Korraldusvalitsus, lk 106
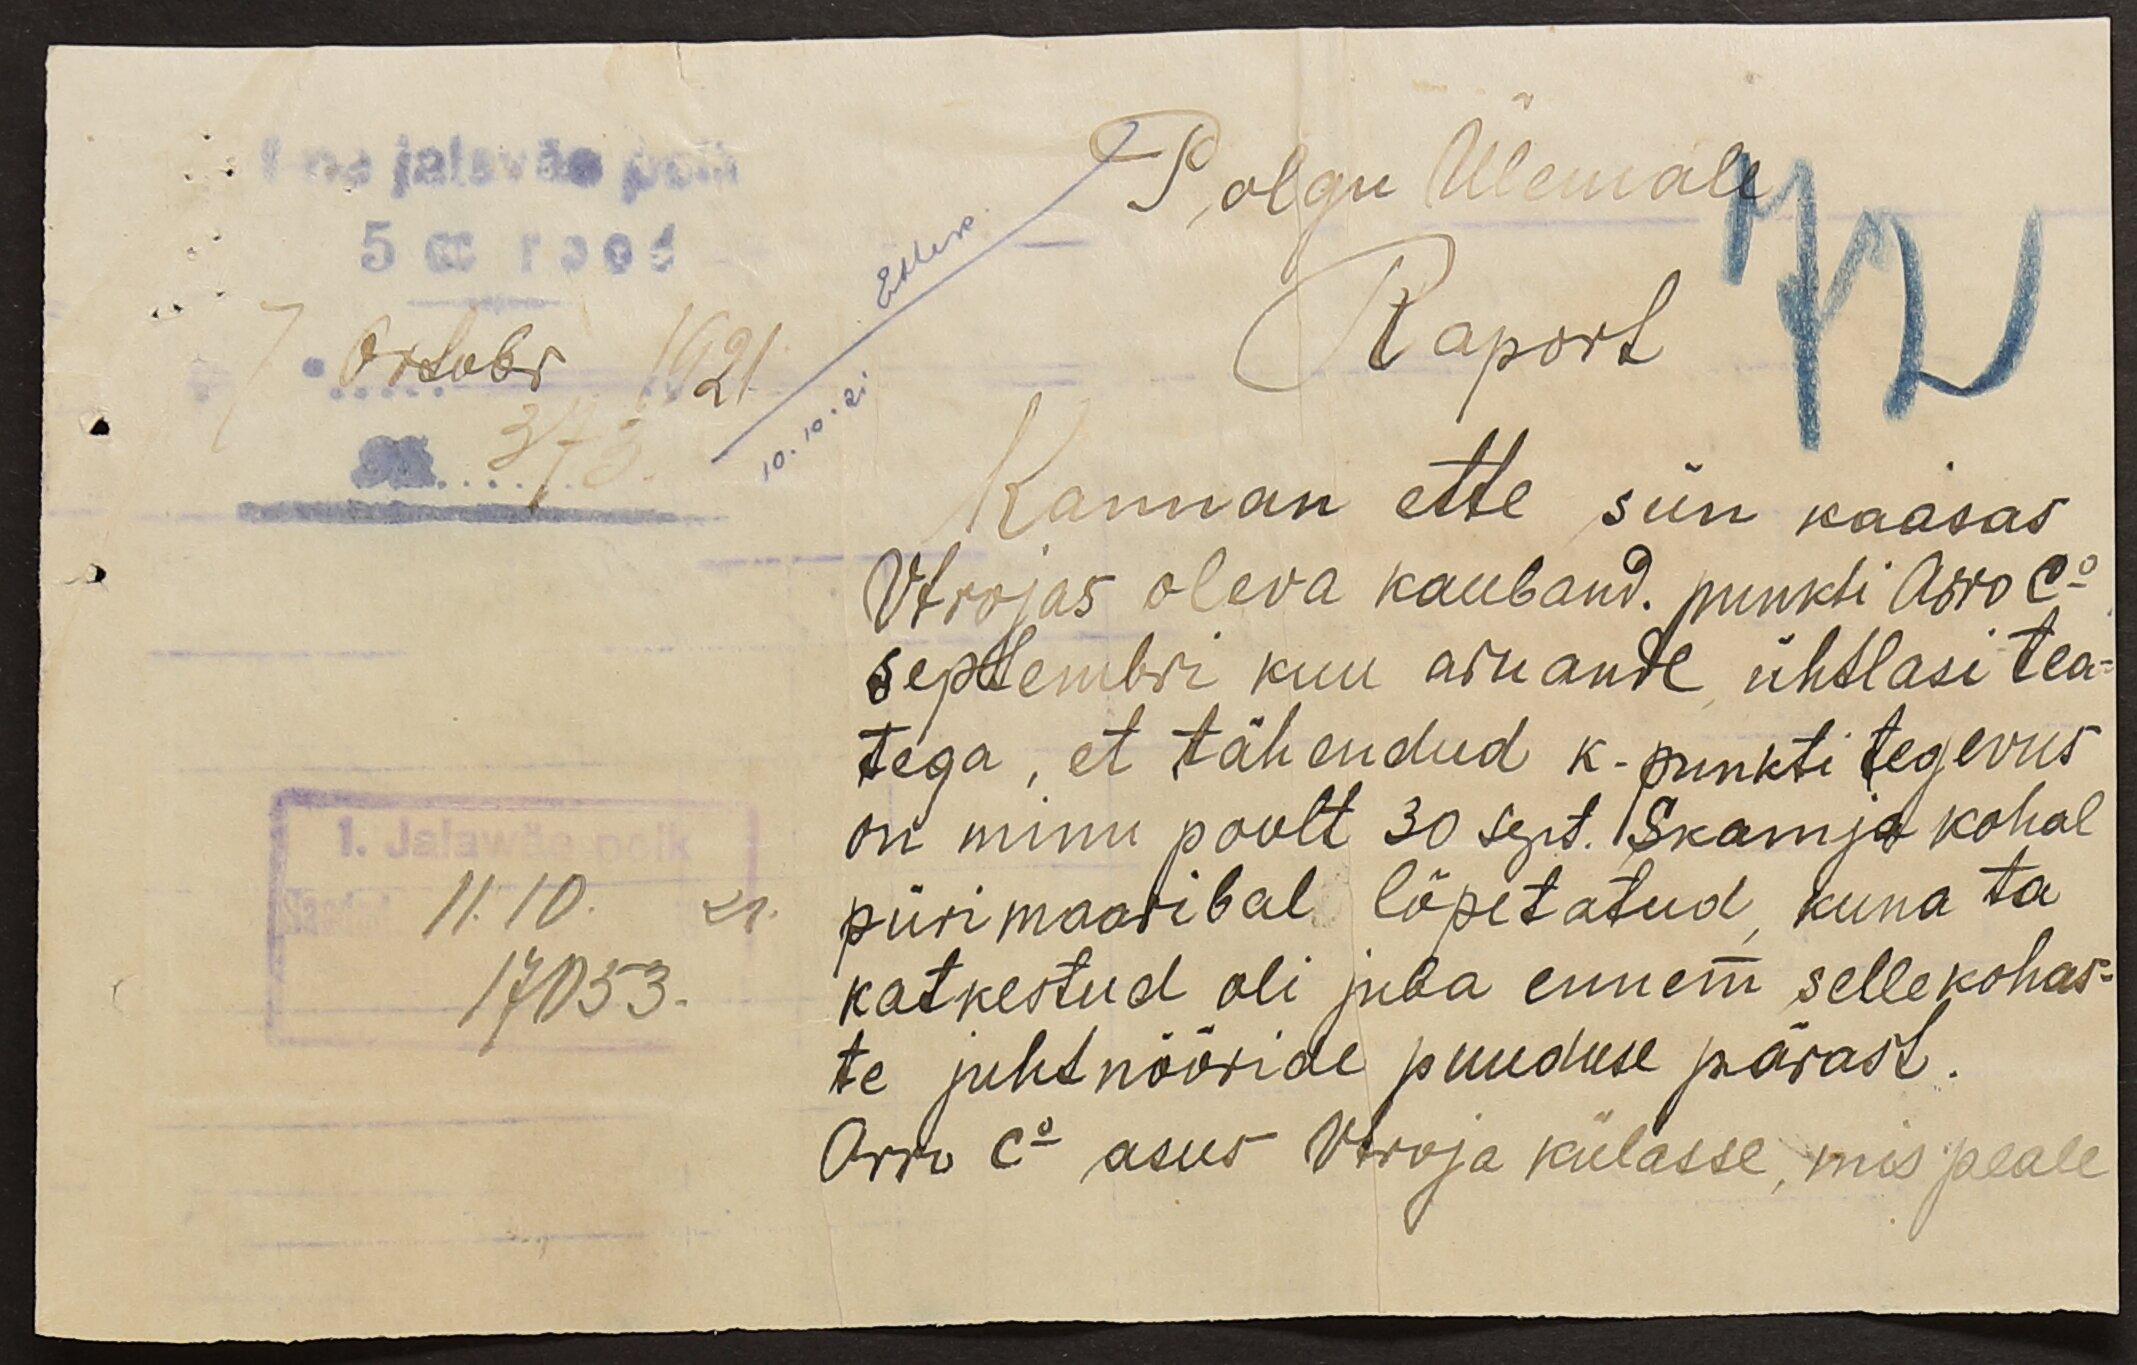
I na jalaväe polk
Polgu ülemale
5 cc rood
7 Oktobr 1921
Raport
10.10.21
72
Kannan ette siin kaasas
373
Vtrojas oleva kauband. punkti Arro Co
septembri kuu aruande ühtlasi tea-
tega, et tähendud k-punkti tegevus,
on minu poolt 30 sept. Skamja kohal
piirimaaribal lõpetatud kuna ta
1. Jalawäe polk
11.10.21.
17053.
katkestud oli juba ennem sellekohas-
te juhtnööride puuduse pärast.
Arro Co asus Vtroja külasse, mis peale